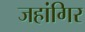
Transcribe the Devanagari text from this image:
जहांगिर